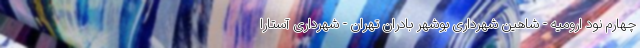
چهارم نود ارومیه - شاهین شهرداری بوشهر بادران تهران - شهرداری آستارا